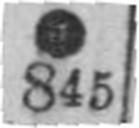
845